Leprosy in India: report of the Leprosy Commission in India, 1890-91
Year: 1890
Disease focus: Leprosy
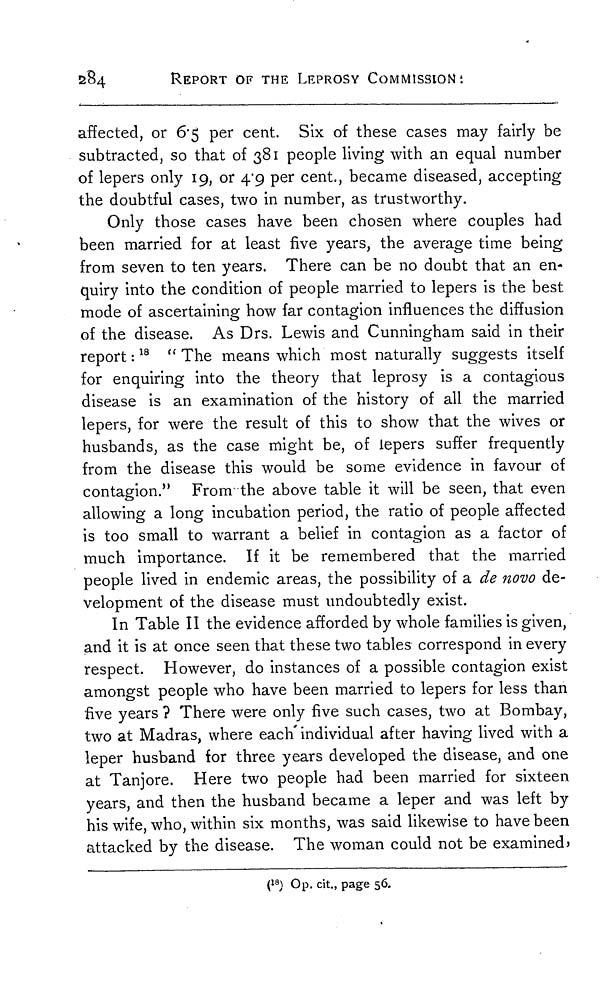
284
REPORT OF THE LEPROSY COMMISSION:
affected, or 6.5 per cent. Six of these cases may fairly be
subtracted, so that of 381 people living with an equal number
of lepers only 19, or 4.9 per cent., became diseased, accepting
the doubtful cases, two in number, as trustworthy.
Only those cases have been chosen where couples had
been married for at least five years, the average time being
from seven to ten years. There can be no doubt that an en-
quiry into the condition of people married to lepers is the best
mode of ascertaining how far contagion influences the diffusion
of the disease. As Drs. Lewis and Cunningham said in their
report : 18 " The means which most naturally suggests itself
for enquiring into the theory that leprosy is a contagious
disease is an examination of the history of all the married
lepers, for were the result of this to show that the wives or
husbands, as the case might be, of lepers suffer frequently
from the disease this would be some evidence in favour of
contagion." From the above table it will be seen, that even
allowing a long incubation period, the ratio of people affected
is too small to warrant a belief in contagion as a factor of
much importance. If it be remembered that the married
people lived in endemic areas, the possibility of a de novo de-
velopment of the disease must undoubtedly exist.
In Table II the evidence afforded by whole families is given,
and it is at once seen that these two tables correspond in every
respect. However, do instances of a possible contagion exist
amongst people who have been married to lepers for less than
five years ? There were only five such cases, two at Bombay,
two at Madras, where each individual after having lived with a
leper husband for three years developed the disease, and one
at Tanjore. Here two people had been married for sixteen
years, and then the husband became a leper and was left by
his wife, who, within six months, was said likewise to have been
attacked by the disease. The woman could not be examined)
( 18 ) Op. cit., page 56.